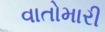
વાતોમારી